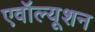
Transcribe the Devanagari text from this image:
एवॉल्यूशन